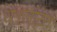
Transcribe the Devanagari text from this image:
थे।लौटते